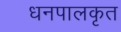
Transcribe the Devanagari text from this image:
धनपालकृत